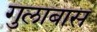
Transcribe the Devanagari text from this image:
गुलाबास